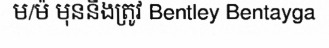
ម/ម៉ មុននឹងត្រូវ Bentley Bentayga